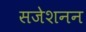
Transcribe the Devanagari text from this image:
सजेशनन